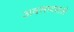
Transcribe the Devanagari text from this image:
अवसादवाले